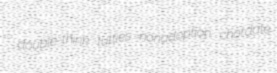
double-think tutties nonadoption chordate